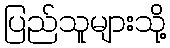
ပြည်သူများသို့